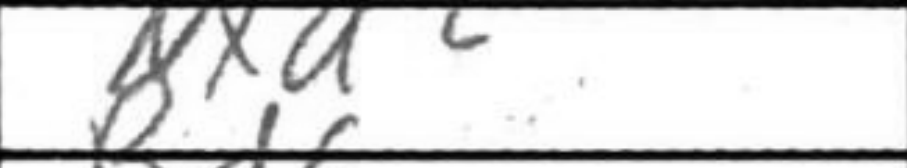
Transcription: Nxd2